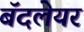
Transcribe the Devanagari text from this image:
बॅदलेयर